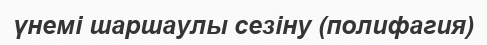
үнемі шаршаулы сезіну (полифагия)